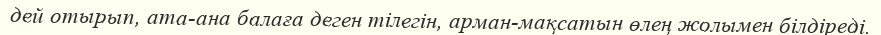
дей отырып, ата-ана балаға деген тiлегiн, арман-мақсатын өлең жолымен бiлдiредi.